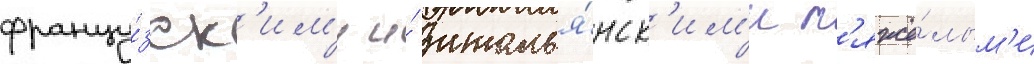
францу́зск'им'и и́ италья́нск'им'и т'яжё́лым'и